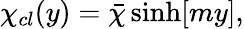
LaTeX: \chi_{cl}(y)=\bar{\chi}\, \mathrm{sinh}[my],